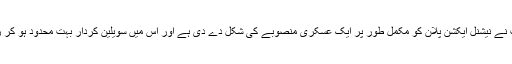
اس صورت نے نیشنل ایکشن پلان کو مکمل طور پر ایک عسکری منصوبے کی شکل دے دی ہے اور اس میں سویلین کردار بہت محدود ہو کر رہ گیا ہے ۔